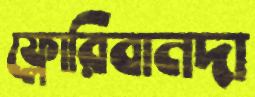
ফ্লোরিবানদা